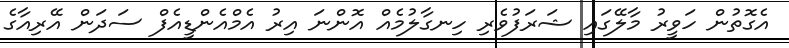
އެގޮތުން ހަވީރު މާލޭގައި ޝަރަފުވެރި ހިނގާލުމެއް އޮންނަ އިރު އެމްއެންޑީއެފް ސަދަން އޭރިއާގެ